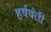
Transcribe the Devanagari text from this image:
हर्षवंती